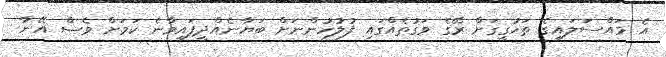
އެ މައްސަލައިގެ ތަހުގީގަށް ރޭގެ ވަގުތެއްގައި ފުލުހުންނަށް ބަޔާނެއްދީފައިވާނެ ކަމަށް ވެސް އޭނާ